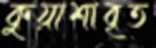
কুয়াশাবৃত